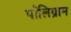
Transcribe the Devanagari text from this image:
पॉलिग्राम